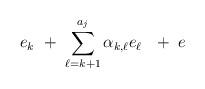
LaTeX: \begin{align*} e_k\ +\ \sum_{\ell=k+1}^{a_j} \alpha_{k,\ell} e_\ell\ \ +\ e \end{align*}